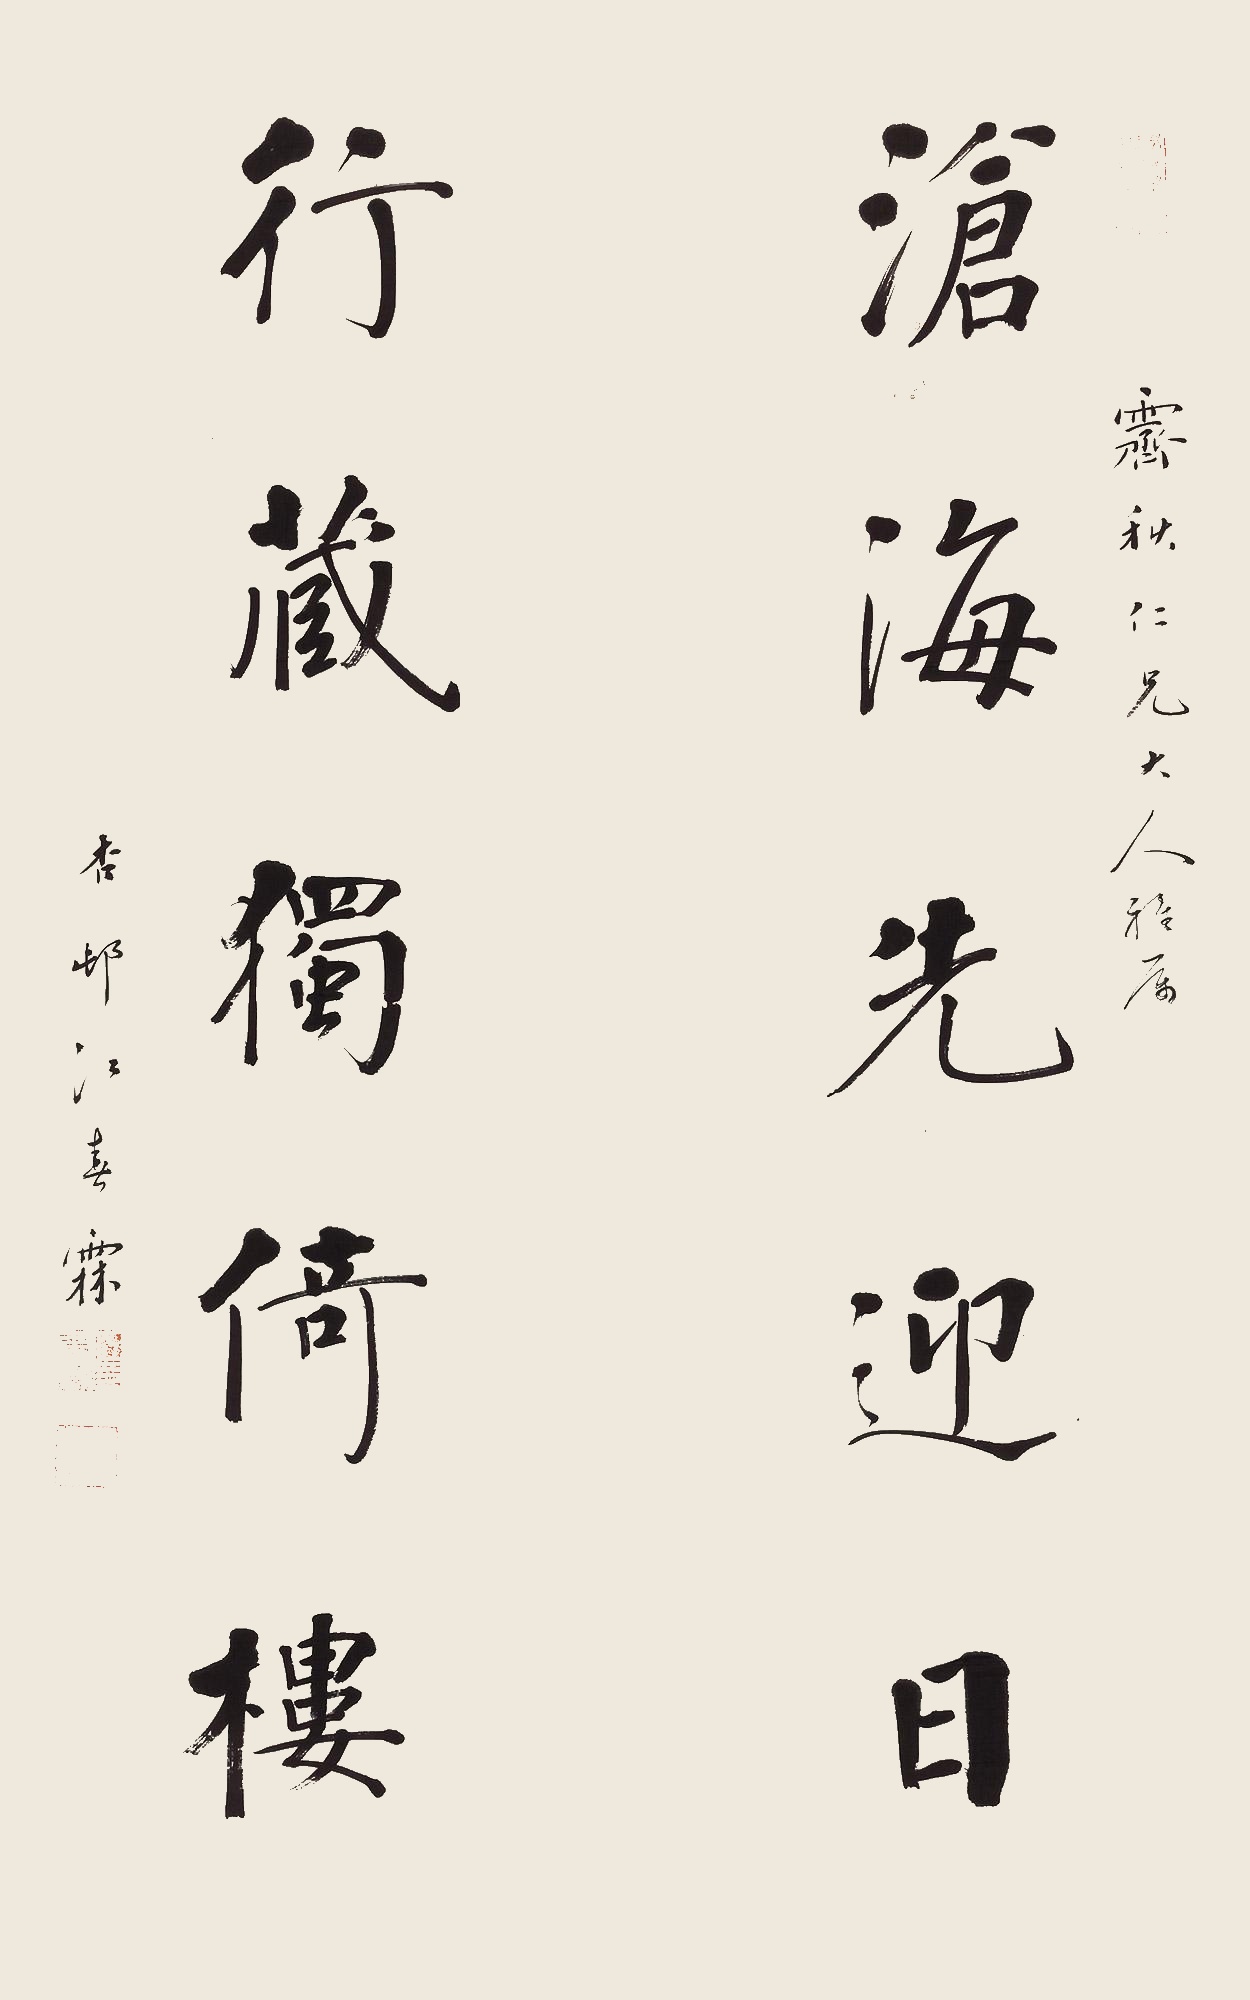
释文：沧海先迎日，行藏独倚楼。霁秋仁兄大人雅属，杏邨江春霖。